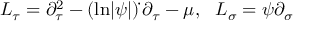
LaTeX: L _ { \tau } = \partial _ { \tau } ^ { 2 } - ( \mathrm { l n } | \psi | ) \dot { } \, \partial _ { \tau } - \mu , \, \, \, \, L _ { \sigma } = \psi \partial _ { \sigma }